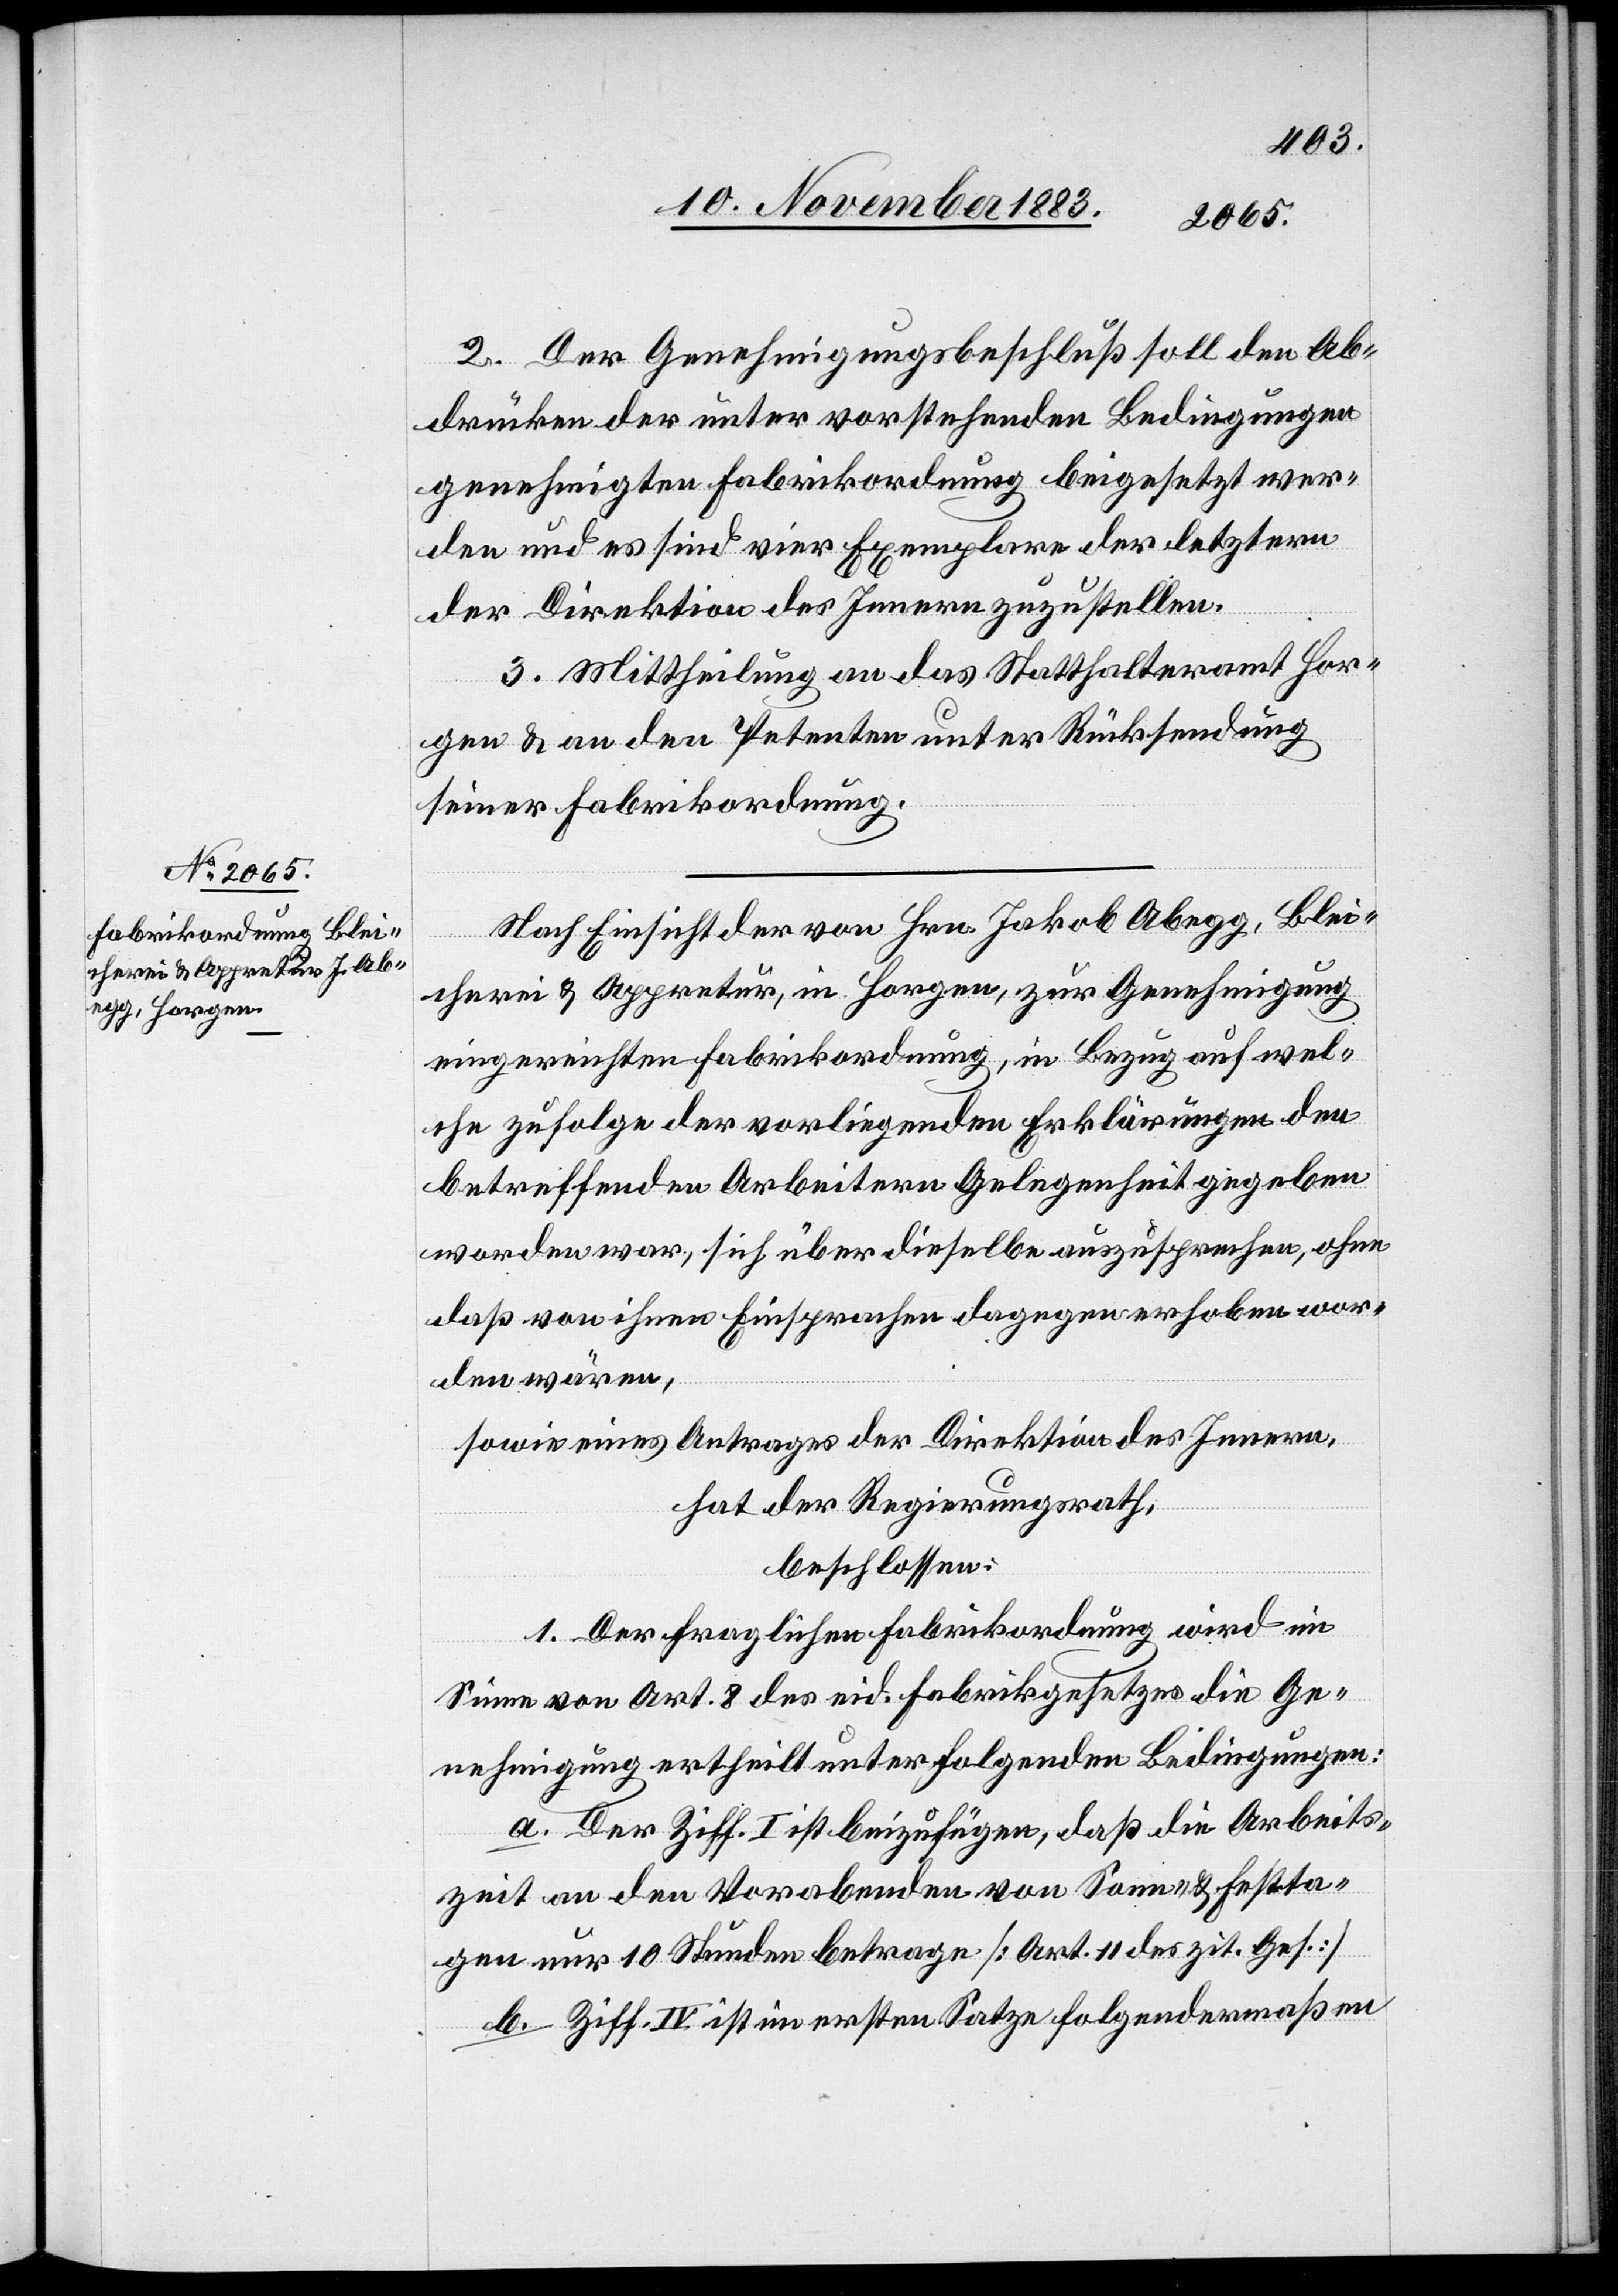
2. Der Genehmigungsbeschluß soll den Ab¬
drücken der unter vorstehenden Bedingungen
genehmigten Fabrikordnung beigesetzt wer¬
den und es sind vier Exemplare der letztern
der Direktion des Innern zuzustellen.
3. Mittheilung an das Statthalteramt Hor¬
gen & an den Petenten unter Rücksendung
seiner Fabrikordnung.
Nach Einsicht der von Hrn. Jakob Abegg, Blei¬
cherei & Appretur, in Horgen, zur Genehmigung
eingereichten Fabrikordnung, in Bezug auf wel¬
che zufolge der vorliegenden Erklärungen den
betreffenden Arbeitern Gelegenheit gegeben
worden war, sich über dieselbe auszusprechen, ohne
daß von ihnen Einsprachen dagegen erhoben wor¬
den wären,
sowie eines Antrages der Direktion des Innern,
hat der Regierungsrath,
beschlossen:
1. Der fraglichen Fabrikordnung wird im
Sinne von Art. 8 des eid. Fabrikgesetzes die Ge¬
nehmigung ertheilt unter folgenden Bedingungen:
a. Der Ziff. I ist beizufügen, daß die Arbeits¬
zeit an den Vorabenden von Sonn- & Festta¬
gen nur 10 Stunden betrage [Art. 11 des zit. Ges.]
b. Ziff. IV ist im ersten Satze folgendermaßen